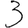
Digit: 3